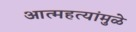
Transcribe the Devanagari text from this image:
आत्महत्यांमुळे